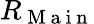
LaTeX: R_{\mathrm{~M~a~i~n~}}